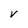
Character: V